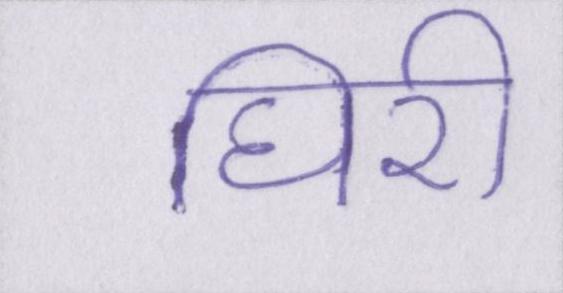
घिरी